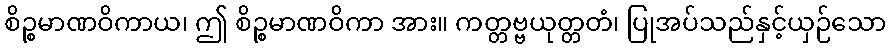
စိဉ္စမာဏဝိကာယ၊ ဤ စိဉ္စမာဏဝိကာ အား။ ကတ္တဗ္ဗယုတ္တတံ၊ ပြုအပ်သည်နှင့်ယှဉ်သော